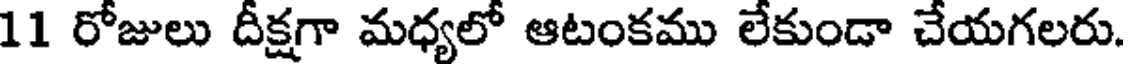
11 రోజులు దీక్షగా మధ్యలో ఆటంకము లేకుండా చేయగలరు.